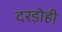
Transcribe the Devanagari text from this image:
दरडोही